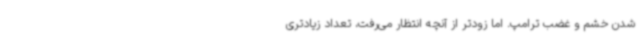
شدن خشم و غضب ترامپ. اما زودتر از آنچه انتظار می‌رفت، تعداد زیادتری